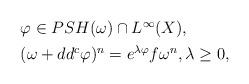
LaTeX: \begin{align*}\begin{aligned}&\varphi \in PSH(\omega) \cap L^\infty(X), \\&(\omega + dd^c \varphi)^n = e^{\lambda \varphi} f \omega^n, \lambda \geq 0,\end{aligned}\end{align*}